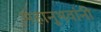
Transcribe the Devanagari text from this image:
महानुभवांनी